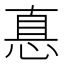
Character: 惪